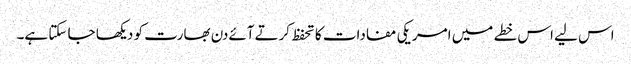
اس لیے اس خطے میں امریکی مفادات کا تحفظ کرتےآئےدن بھارت کو دیکھا جا سکتا ہے۔